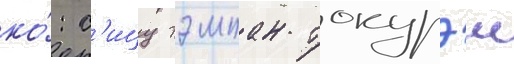
ко́: с'ицу тэмпан токурэи